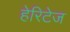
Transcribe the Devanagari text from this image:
हेरिटेज